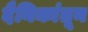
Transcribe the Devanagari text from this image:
दैनिकांतून